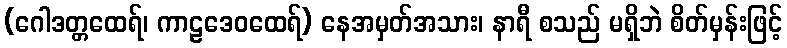
(ဂေါဒတ္တထေရ်၊ ကာဠဒေဝထေရ်) နေအမှတ်အသား၊ နာရီ စသည် မရှိဘဲ စိတ်မှန်းဖြင့်